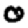
Digit: 0